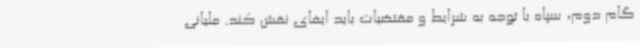
گام دوم، سپاه با توجه به شرایط و مقتضیات باید ایفای نقش کند. ملیانی